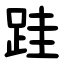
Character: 跬